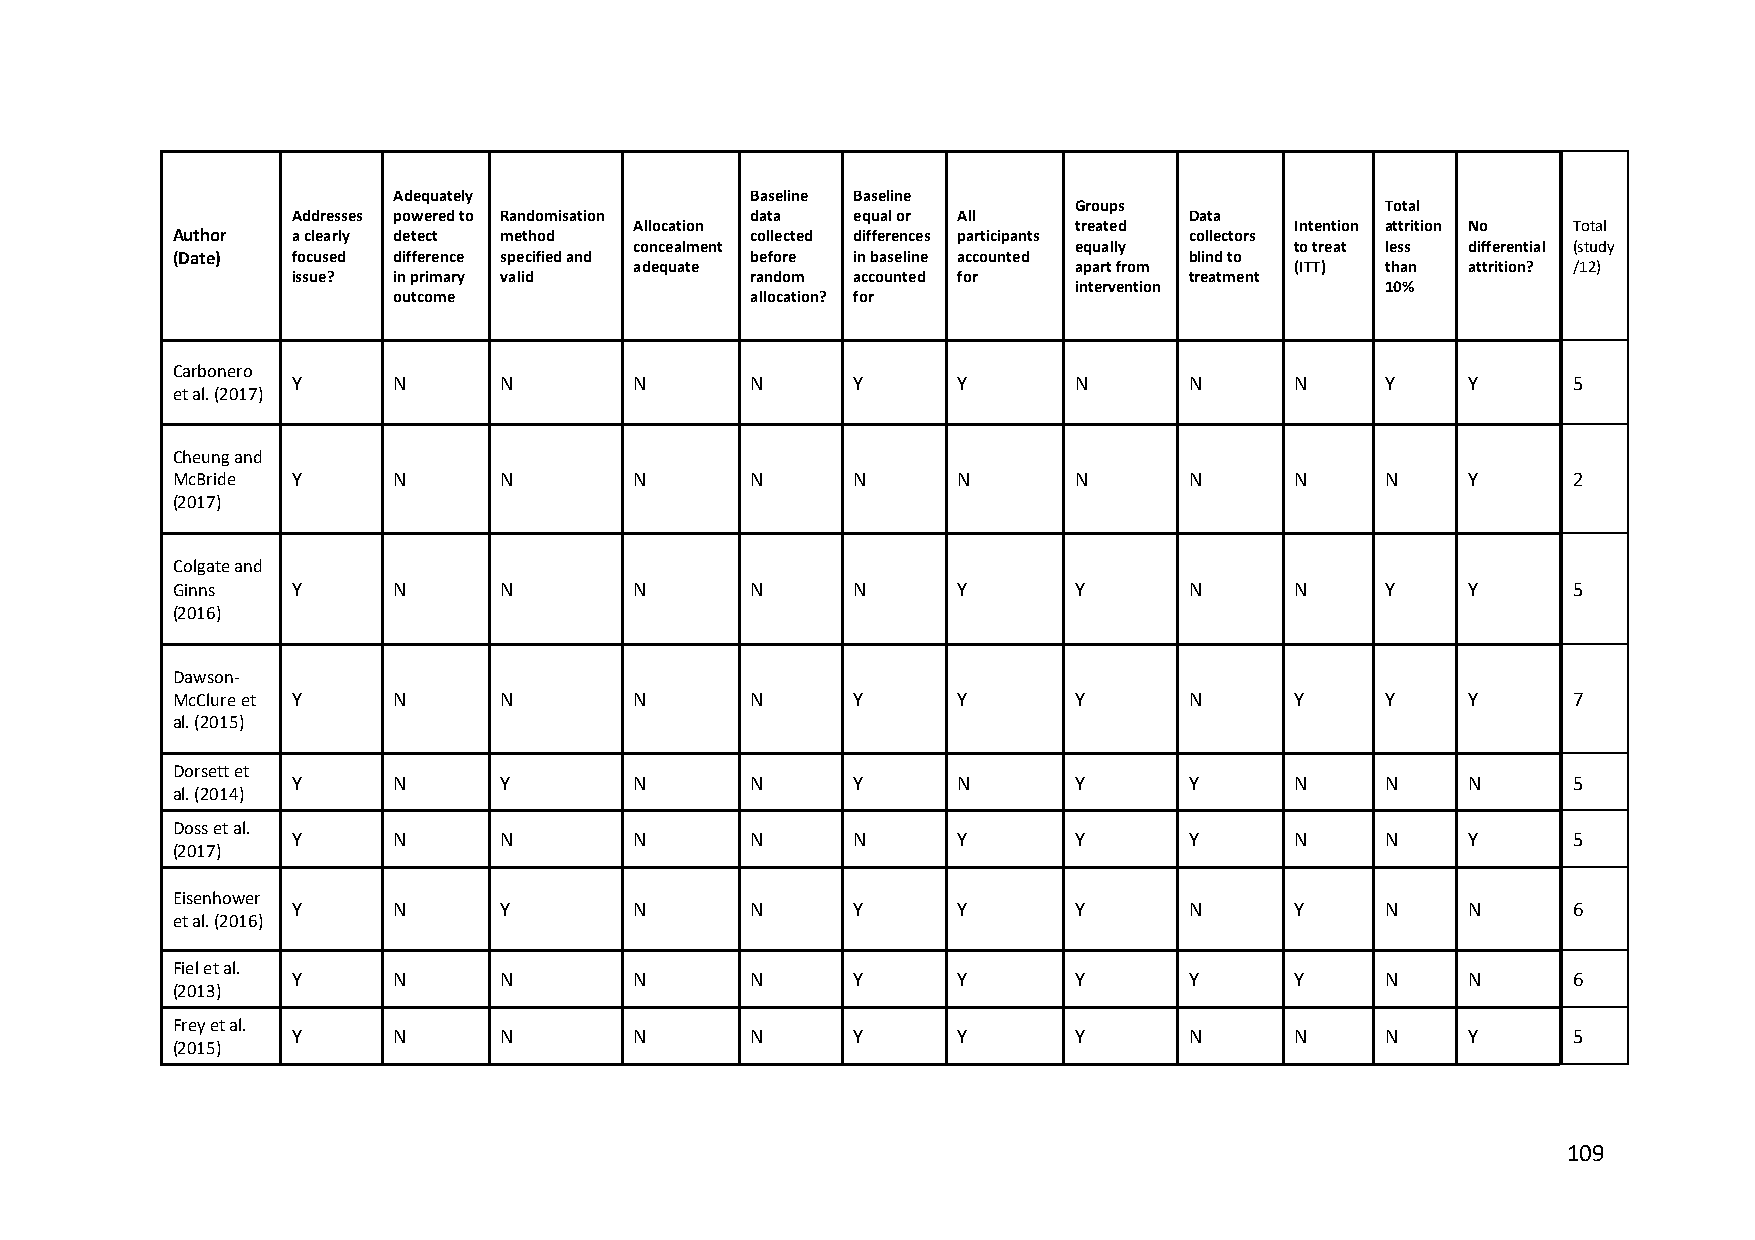
Adequately              Baseline Baseline
 Groups               Total
 Addresses powered to Randomisation data equal or All        Data
 Allocation                   treated        Intention attrition No Total
 Author  a clearly detect method        collected differences participants collectors
 concealment                  equally        to treat less differential (study
 (Date)  focused difference specified and before in baseline accounted blind to
 adequate                     apart from     (ITT) than attrition? /12)
 issue? in primary valid        random accounted for         treatment
 intervention         10%
 outcome                 allocation? for
 Carbonero
 Y      N      N        N       N     Y      Y       N       N      N     Y    Y      5
 et al. (2017)
 Cheung and
 McBride Y      N      N        N       N     N      N       N       N      N     N    Y      2
 (2017)
 Colgate and
 Ginns   Y      N      N        N       N     N      Y       Y       N      N     Y    Y      5
 (2016)
 Dawson-
 McClure et Y   N      N        N       N     Y      Y       Y       N      Y     Y    Y      7
 al. (2015)
 Dorsett et
 Y      N      Y        N       N     Y      N       Y       Y      N     N    N      5
 al. (2014)
 Doss et al.
 Y      N      N        N       N     N      Y       Y       Y      N     N    Y      5
 (2017)
 Eisenhower
 Y      N      Y        N       N     Y      Y       Y       N      Y     N    N      6
 et al. (2016)
 Fiel et al.
 Y      N      N        N       N     Y      Y       Y       Y      Y     N    N      6
 (2013)
 Frey et al.
 Y      N      N        N       N     Y      Y       Y       N      N     N    Y      5
 (2015)
 109